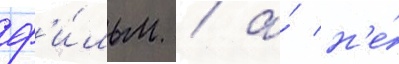
ф'и́льм / а́ н'е́